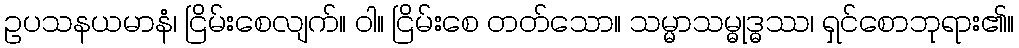
ဥပသနယမာနံ၊ ငြိမ်းစေလျက်။ ဝါ။ ငြိမ်းစေ တတ်သော။ သမ္မာသမ္ဓုဒ္ဓဿ၊ ရှင်စောဘုရား၏။